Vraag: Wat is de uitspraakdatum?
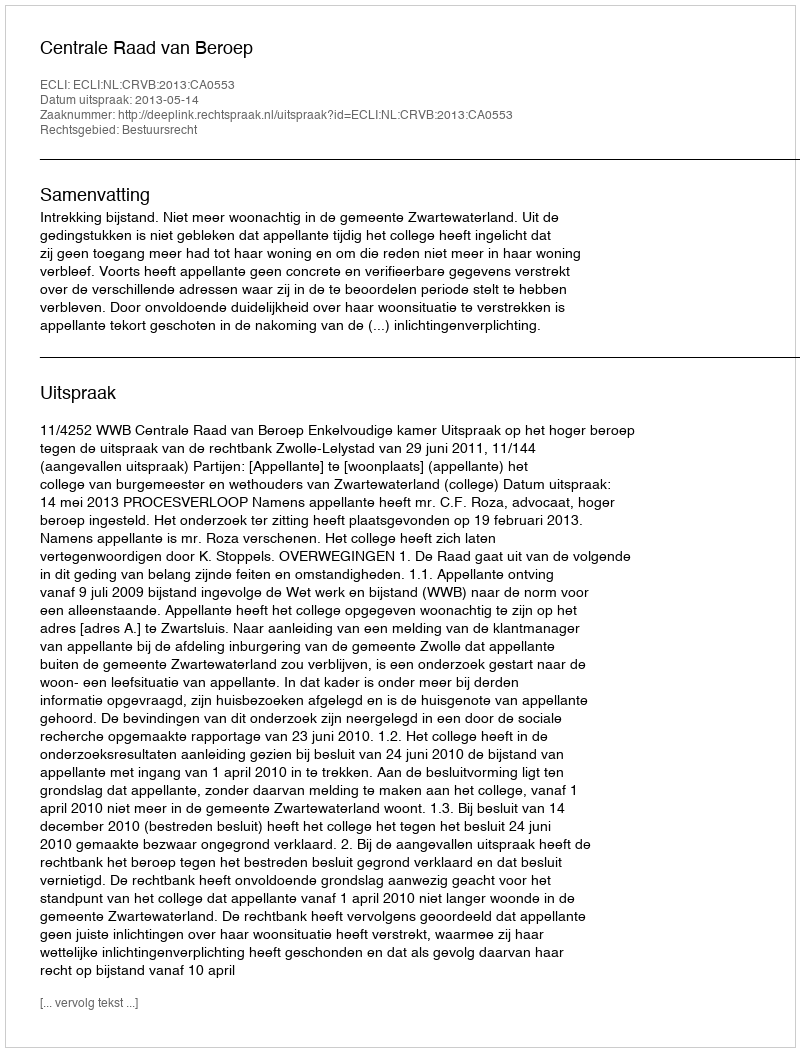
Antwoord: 2013-05-14